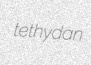
tethydan